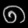
Digit: ၈